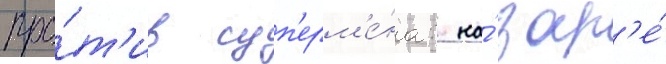
про́т'ив суп'ерм'е́на: на́ зар'е́